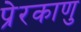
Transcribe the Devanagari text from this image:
प्रेरकाणु